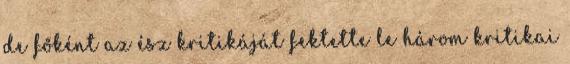
de főként az ész kritikáját fektette le három kritikai